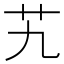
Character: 艽